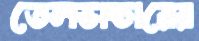
তেলভান্ডারের